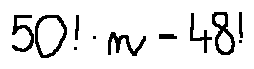
5 0 ! \cdot n = 4 8 !